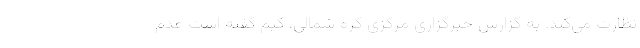
نظارت می‌کند. به گزارش خبرگزاری مرکزی کره شمالی، کیم گفته است عدم